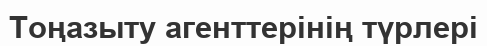
Тоңазыту агенттерінің түрлері